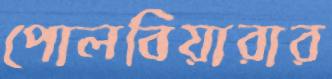
পোলবিয়ারার